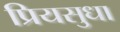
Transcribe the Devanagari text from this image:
प्रियसुधा